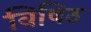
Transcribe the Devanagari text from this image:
विषिठ